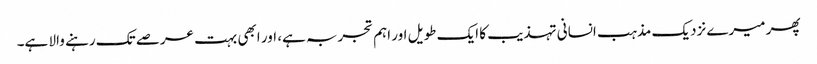
پھر میرے نزدیک مذہب انسانی تہذیب کا ایک طویل اور اہم تجربہ ہے، اور ابھی بہت عرصے تک رہنے والا ہے۔